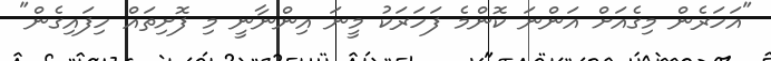
"އަހަރެން މިގެއަށް އަންނަ ކޮންމެ ފަހަރަކު މީނަ އިންނާނީ މި ފޮށިތައް ހިފައިގެން"